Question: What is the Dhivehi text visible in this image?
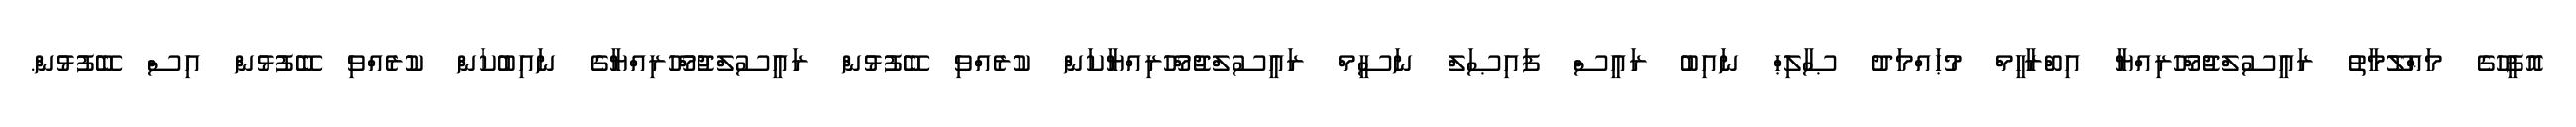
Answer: އޮފީހުގެ މަޢްލޫމާތު ރައީސުލްޖުމްހޫރިއްޔާ އިބްރާހީމް މުޙައްމަދު ޞާލިޙް ނައިބު ރައީސް ފައިޞަލް ނަސީމް ރައީސުލްޖުމްހޫރިއްޔާކަން ކުރެއްވި ބޭފުޅުން ރައީސުލްޖުމްހޫރިއްޔާގެ ނައިބުކަން ކުރެއްވި ބޭފުޅުން އިސް ބޭފުޅުން.